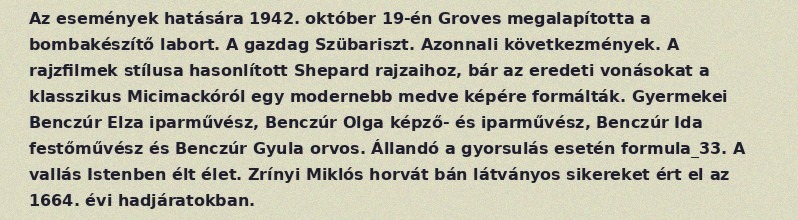
Az események hatására 1942. október 19-én Groves megalapította a bombakészítő labort. A gazdag Szübariszt. Azonnali következmények. A rajzfilmek stílusa hasonlított Shepard rajzaihoz, bár az eredeti vonásokat a klasszikus Micimackóról egy modernebb medve képére formálták. Gyermekei Benczúr Elza iparművész, Benczúr Olga képző- és iparművész, Benczúr Ida festőművész és Benczúr Gyula orvos. Állandó a gyorsulás esetén formula_33. A vallás Istenben élt élet. Zrínyi Miklós horvát bán látványos sikereket ért el az 1664. évi hadjáratokban.